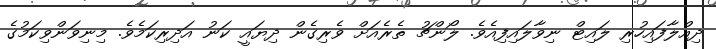
ދިއްލާފައިހުރި ލައިޓް ނިވާލައިފިއެވެ. ލޯންޗު ތެރެއަށް ވެރިގެން ދިޔައީ ކަނު އަދިރިކަމެވެ. މިނިވަންވިކަމުގެ